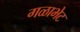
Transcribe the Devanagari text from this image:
गळाभेट